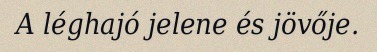
A léghajó jelene és jövője.